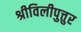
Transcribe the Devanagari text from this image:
श्रीविलीपुत्तुर